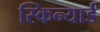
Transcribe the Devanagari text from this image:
स्किन्यार्ड